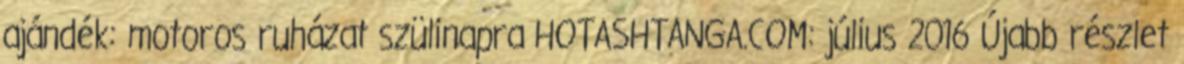
ajándék: motoros ruházat szülinapra HOTASHTANGA.COM: július 2016 Újabb részlet